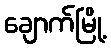
ချောက်မြို့